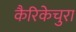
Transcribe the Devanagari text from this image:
कैरिकेचुरा